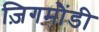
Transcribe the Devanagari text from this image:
ज़िगमौंडी